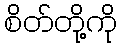
စိတ်တို့ကို